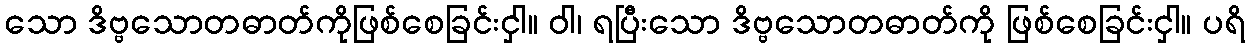
သော ဒိဗ္ဗသောတဓာတ်ကိုဖြစ်စေခြင်းငှါ။ ဝါ၊ ရပြီးသော ဒိဗ္ဗသောတဓာတ်ကို ဖြစ်စေခြင်းငှါ။ ပရိ